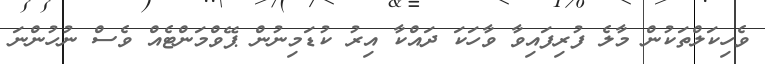
ވެހިކަލްތަކުން މާލެ ފުރިފައިވާ ވާހަކަ ދައްކާ އިރު ކުޑަމިނުން ޕޭވްމަންޓެއް ވެސް ނުހުންނަ